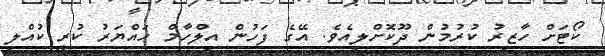
ކޯޓަށް ހާޒިރު ކުރުމުން ދޫކޮށްލިއެވެ. އޭގެ ފަހުން އިލްހާމް ހައްޔަރު ކުރީ ކުއްލި